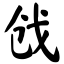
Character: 戗